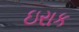
ઇરાક